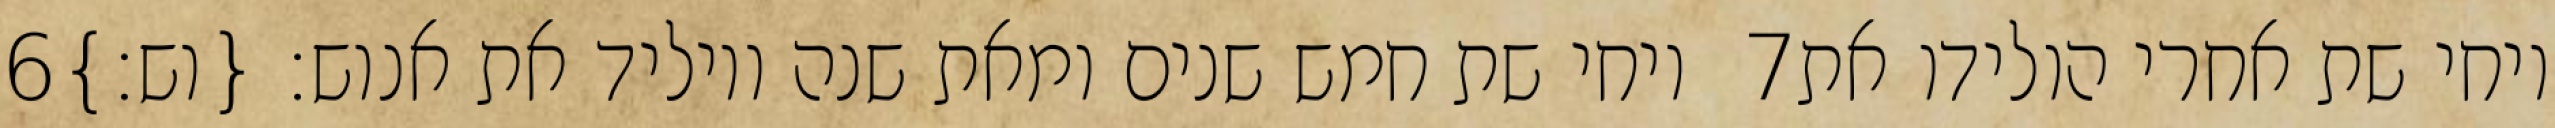
‎6‏ ויחי שת חמש שנים ומאת שנה ויוליד את אנוש׃ {וש׃} ‎7‏ ויחי שת אחרי הולידו את